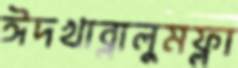
ঈদখাব্‌লালুমফ্লা